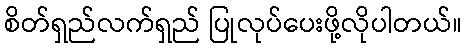
စိတ်ရှည်လက်ရှည် ပြုလုပ်ပေးဖို့လိုပါတယ်။